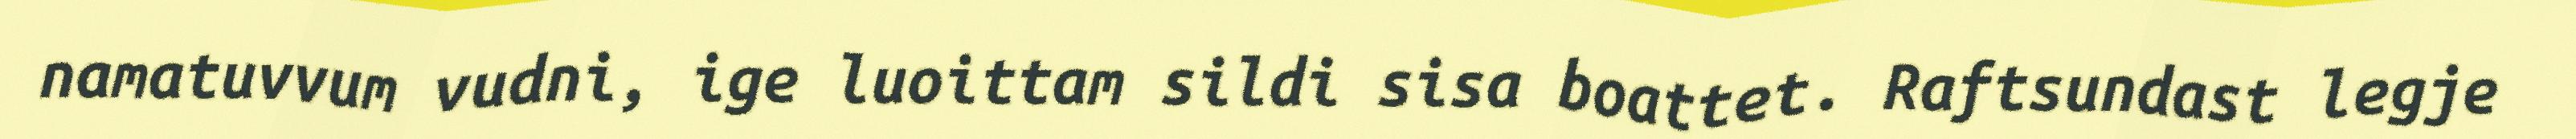
namatuvvum vudni, ige luoittam sildi sisa boattet. Raftsundast legje